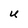
Character: U